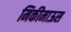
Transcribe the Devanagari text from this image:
मिकीमाऊस